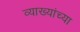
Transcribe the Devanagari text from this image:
व्याख्यांच्या